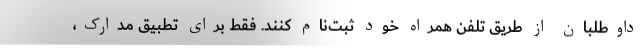
داوطلبان از طریق تلفن همراه خود ثبت‌نام کنند. فقط برای تطبیق مدارک،